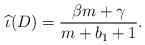
LaTeX: \begin{align*}\widehat{\iota}(D) = \frac{\beta m + \gamma}{m+b_1+1}.\end{align*}